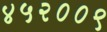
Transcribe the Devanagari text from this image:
४५२००९